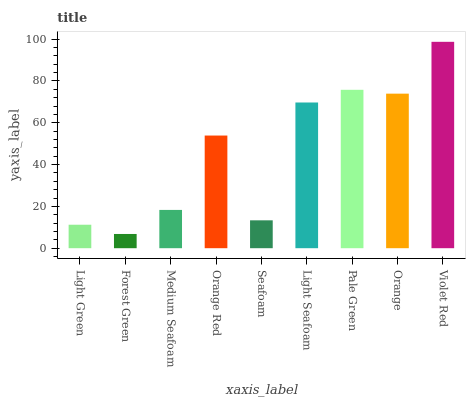
| xaxis_label | bars |
 | --- | --- |
 | Light Green | 11.2 |
 | Forest Green | 6.8 |
 | Medium Seafoam | 18.3 |
 | Orange Red | 53.9 |
 | Seafoam | 13.3 |
 | Light Seafoam | 69.7 |
 | Pale Green | 75.8 |
 | Orange | 73.9 |
 | Violet Red | 98.7 |